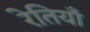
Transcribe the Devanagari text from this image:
रेतियाँ